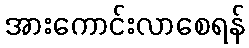
အားကောင်းလာစေရန်